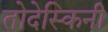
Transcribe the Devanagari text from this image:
तोदेस्किनी